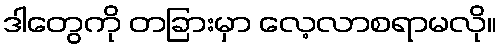
ဒါတွေကို တခြားမှာ လေ့လာစရာမလို။